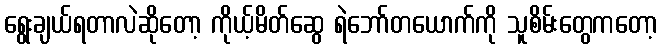
ရွေးချယ်ရတာလဲဆိုတော့ ကိုယ့်မိတ်ဆွေ ရဲဘော်တယောက်ကို သူစိမ်းတွေကတော့